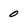
Character: 0